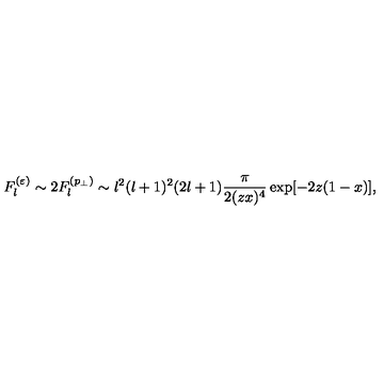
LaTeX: F _ { l } ^ { ( \varepsilon ) } \sim 2 F _ { l } ^ { ( p _ { \perp } ) } \sim l ^ { 2 } ( l + 1 ) ^ { 2 } ( 2 l + 1 ) \frac { \pi } { 2 ( z x ) ^ { 4 } } \exp [ - 2 z ( 1 - x ) ] ,